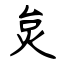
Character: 炱